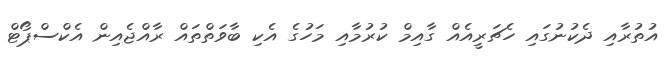
އުތުރާއި ދެކުނުގައި ހެޗަރީއެއް ގާއިމް ކުރުމާއި މަހުގެ އެކި ބާވަތްތައް ރާއްޖެއިން އެކްސްޕޯޓް